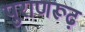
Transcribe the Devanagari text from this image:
पुराणरूढ़